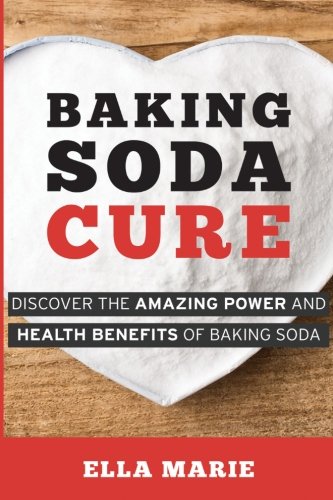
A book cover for Baking Soda Cure: Discover the Amazing Power and Health Benefits of Baking Soda, its History and Uses for Cooking, Cleaning, and Curing Ailments; Ella Marie; Crafts, Hobbies & Home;